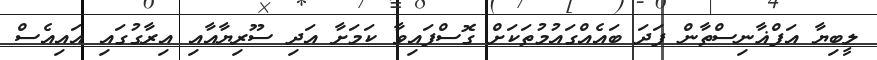
ލީބިޔާ އަފްޣާނިސްތާން ފަދަ ބައެއްގައުމުތަކަށް ގޮސްފައިވާ ކަމަށާ އަދި ސޫރިޔާއާއި އިރާގުގައި އައިއެސް